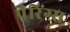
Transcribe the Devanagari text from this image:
पैरिंग्स